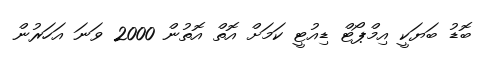
ބޮޑު ބަޔަކީ އިމްޕޯޓް ޑިއުޓީ ކަމަށް އޮތް އޮތުން 2000 ވަނަ އަހަރުން